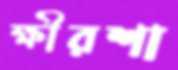
ক্ষীরশা